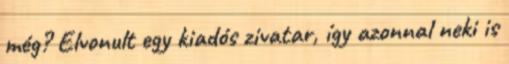
még? Elvonult egy kiadós zivatar, így azonnal neki is